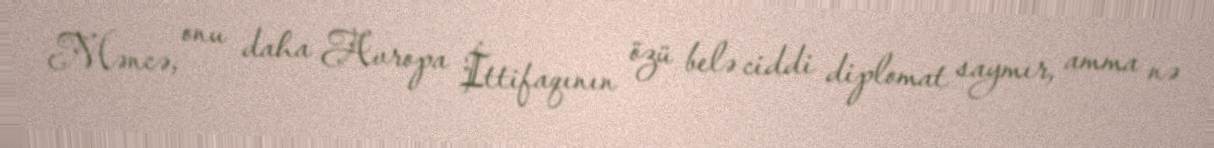
Məncə, onu daha Avropa İttifaqının özü belə ciddi diplomat saymır, amma nə